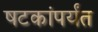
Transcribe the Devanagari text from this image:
षटकांपर्यंत